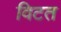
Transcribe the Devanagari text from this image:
विटत